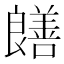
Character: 𫅞